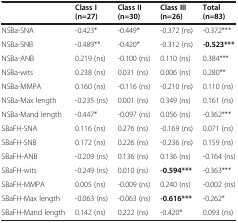
<table><thead><tr><td><b> </b></td><td><b>Class I (n=27)</b></td><td><b>Class II (n=30)</b></td><td><b>Class III (n=26)</b></td><td><b>Total (n=83)</b></td></tr></thead><tbody><tr><td>NSBa-SNA</td><td>-0.423*</td><td>-0.449*</td><td>-0.372 (ns)</td><td>-0.372***</td></tr><tr><td>NSBa-SNB</td><td>-0.489**</td><td>-0.420*</td><td>-0.312 (ns)</td><td><b>-0.523***</b></td></tr><tr><td>NSBa-ANB</td><td>0.219 (ns)</td><td>-0.100 (ns)</td><td>0.110 (ns)</td><td>0.384***</td></tr><tr><td>NSBa-wits</td><td>0.238 (ns)</td><td>0.031 (ns)</td><td>0.006 (ns)</td><td>0.280**</td></tr><tr><td>NSBa-MMPA</td><td>0.160 (ns)</td><td>-0.116 (ns)</td><td>-0.210 (ns)</td><td>0.110 (ns)</td></tr><tr><td>NSBa-Max length</td><td>-0.235 (ns)</td><td>0.001 (ns)</td><td>0.349 (ns)</td><td>0.161 (ns)</td></tr><tr><td>NSBa-Mand length</td><td>-0.447*</td><td>-0.097 (ns)</td><td>0.056 (ns)</td><td>-0.362***</td></tr><tr><td>SBaFH-SNA</td><td>0.116 (ns)</td><td>0.276 (ns)</td><td>-0.169 (ns)</td><td>0.071 (ns)</td></tr><tr><td>SBaFH-SNB</td><td>0.172 (ns)</td><td>0.226 (ns)</td><td>-0.236 (ns)</td><td>0.159 (ns)</td></tr><tr><td>SBaFH-ANB</td><td>-0.209 (ns)</td><td>0.136 (ns)</td><td>0.136 (ns)</td><td>-0.164 (ns)</td></tr><tr><td>SBaFH-wits</td><td>-0.249 (ns)</td><td>0.010 (ns)</td><td><b>-0.594***</b></td><td>-0.363***</td></tr><tr><td>SBaFH-MMPA</td><td>0.005 (ns)</td><td>-0.009 (ns)</td><td>0.240 (ns)</td><td>-0.002 (ns)</td></tr><tr><td>SBaFH-Max length</td><td>-0.063 (ns)</td><td>-0.063 (ns)</td><td><b>-0.616***</b></td><td>-0.262*</td></tr><tr><td>SBaFH-Mand length</td><td>0.142 (ns)</td><td>0.222 (ns)</td><td>-0.420*</td><td>0.093 (ns)</td></tr></tbody></table>